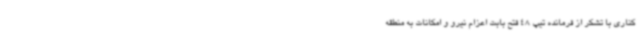
کناری با تشکر از فرمانده تیپ 48 فتح بابت اعزام نیرو و امکانات به منطقه